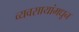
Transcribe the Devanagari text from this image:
व्यवसायांमधून